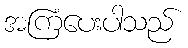
အကြံပေးပါသည်